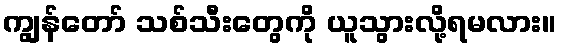
ကျွန်တော် သစ်သီးတွေကို ယူသွားလို့ရမလား။